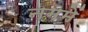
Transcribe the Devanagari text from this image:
नगमें